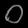
Digit: ၀